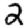
Digit: 2